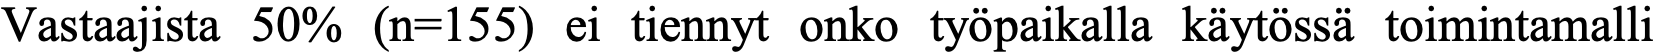
Vastaajista 50% (n=155) ei tiennyt onko työpaikalla käytössä toimintamalli